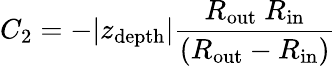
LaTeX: C_{2}=-\vert z_{\mathrm{depth}}\vert\frac{R_{\mathrm{out}}\ R_{\mathrm{in}}}{\left(R_{\mathrm{out}}-R_{\mathrm{in}}\right)}